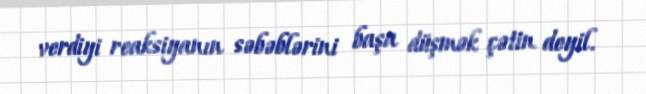
verdiyi reaksiyanın səbəblərini başa düşmək çətin deyil.